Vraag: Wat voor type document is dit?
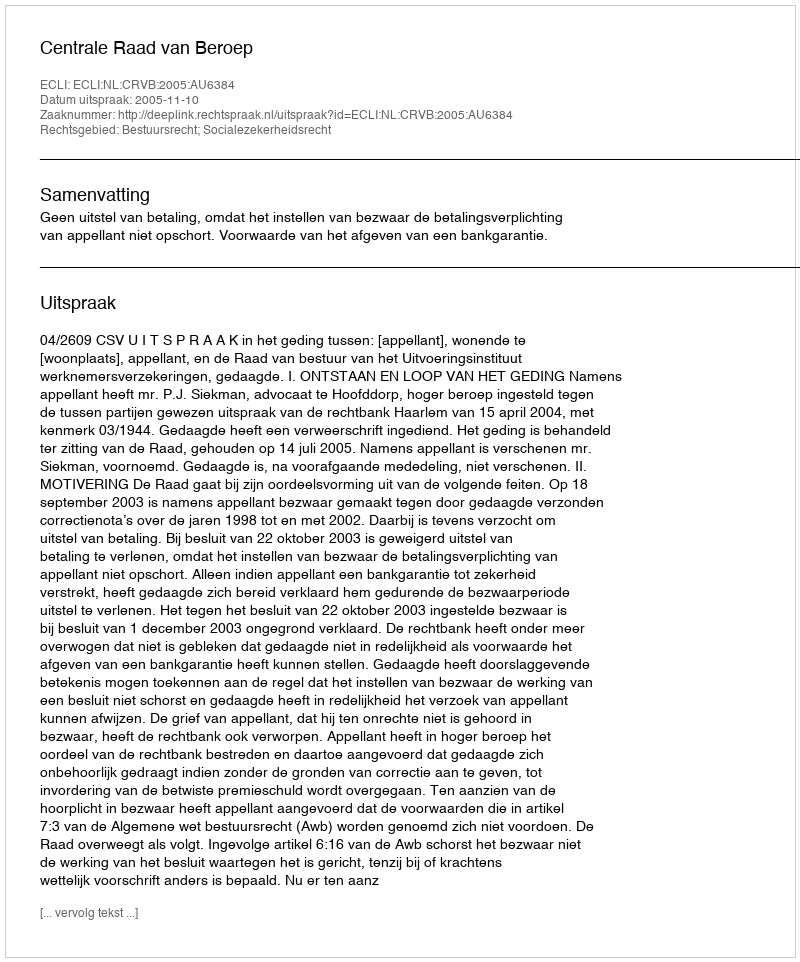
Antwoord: Uitspraak